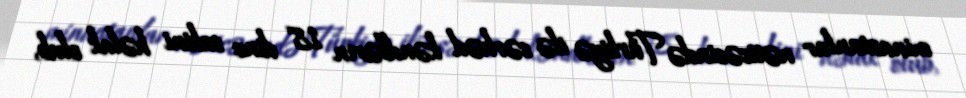
minaatanlar nəticəsində Türkiyə ilə sərhəd kəndlərin 18 dinc sakini həlak olub,